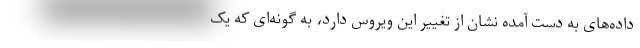
داده‌های به دست آمده نشان از تغییر این ویروس دارد، به گونه‌ای که یک